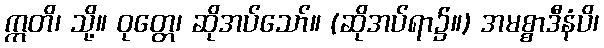
ဣတိ၊ သို့။ ဝုတ္တေ၊ ဆိုအပ်သော်။ (ဆိုအပ်ရာ၌။) အမစ္စာဒီနံပိ၊